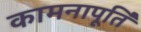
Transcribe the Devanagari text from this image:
कामनापूर्ति